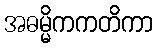
အဓမ္မိကကတိကာ